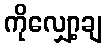
ကိုလျှော့ချ